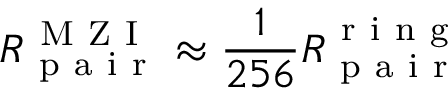
R _ { \mathrm { ~ p ~ a ~ i ~ r ~ } } ^ { \mathrm { ~ M ~ Z ~ I ~ } } \approx \frac { 1 } { 2 5 6 } R _ { \mathrm { ~ p ~ a ~ i ~ r ~ } } ^ { \mathrm { ~ r ~ i ~ n ~ g ~ } }